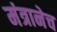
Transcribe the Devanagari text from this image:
मंत्रानेच